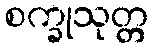
စက္ခုသုတ္တ